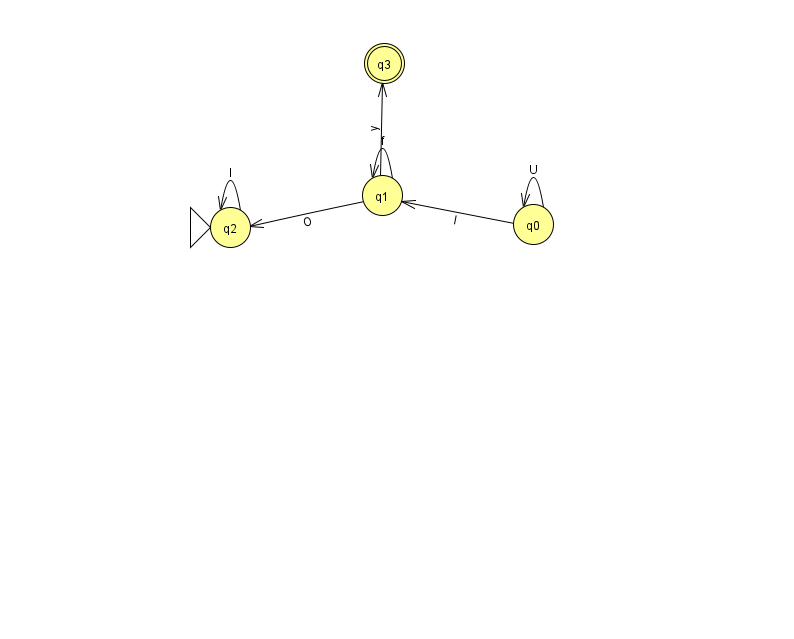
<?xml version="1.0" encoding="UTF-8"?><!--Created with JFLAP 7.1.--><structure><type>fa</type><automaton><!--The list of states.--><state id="0" name="q0"><x>533.0</x><y>211.0</y></state><state id="1" name="q1"><x>382.0</x><y>182.0</y></state><state id="2" name="q2"><x>230.0</x><y>214.0</y><initial/></state><state id="3" name="q3"><x>384.0</x><y>50.0</y><final/></state><!--The list of transitions.--><transition><from>0</from><to>1</to><read>l</read></transition><transition><from>0</from><to>0</to><read>U</read></transition><transition><from>1</from><to>1</to><read>f</read></transition><transition><from>1</from><to>2</to><read>O</read></transition><transition><from>2</from><to>2</to><read>I</read></transition><transition><from>1</from><to>3</to><read>y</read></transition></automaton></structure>